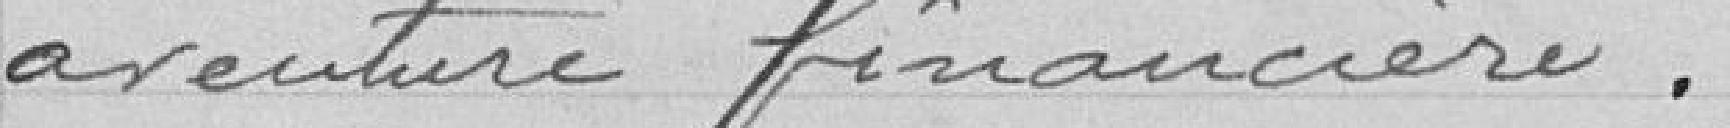
aventure financière.